Vital statistics of India. Vol. IV, Annual returns from 1871 to 1876. British Army of India, Native Army and jails of Bengal
Year: 1871
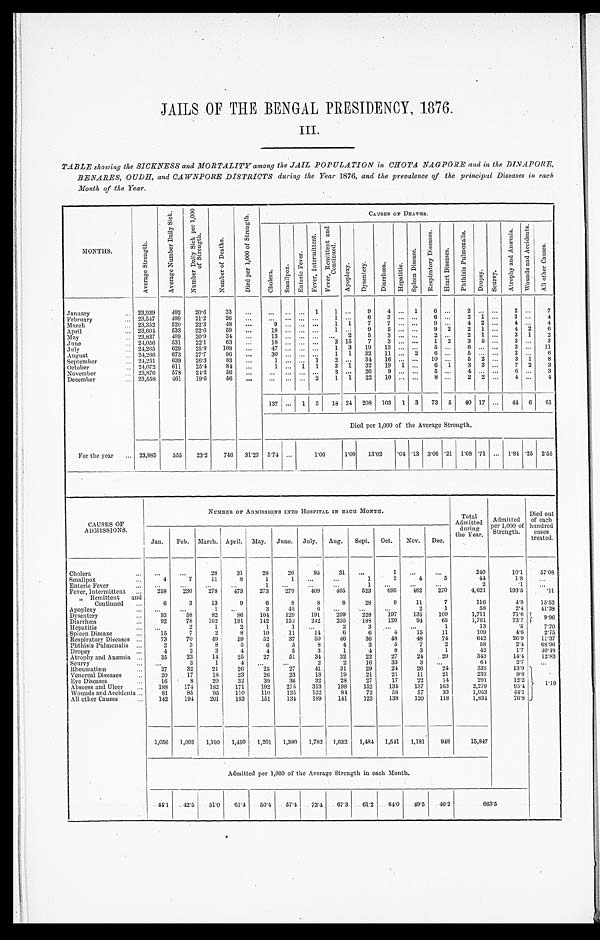
JAILS OF THE BENGAL PRESIDENCY, 1876.
III.
TABLE showing the SICKNESS and MORTALITY among the JAIL POPULATION in CHOTA NAGPORE and in the DINAPORE,
BENARES , OUDH, a n d CAWNP ORE DI S TRI CTS d u r i n g t h e Ye a r 1 8 7 6 , a n d t h e p r e v a l e n c e o f t h e p r i n c i p a l Di s e a s e s i n e a c h
Month of the Year.
MONTHS.
A v e r a g e S t r e n g t h .
A v e r a g e N u m b e r D a i l y S i c k . N u m b e r D a i l y S i c k p e r 1 , 0 0 0 o f S t r e n g t h .
N u m b e r o f D e a t h s .
D i e d p e r 1 , 0 0 0 o f S t r e n g t h .
CAUSES OF DEATHS.
C h o l e r a .
S m a l l p o x .
E n t e r i c F e v e r .
F e v e r , I n t e r m i t t e n t .
F e v e r , R e m i t t e n t a n d C o n t i n u e d .
A p o p l e x y .
D y s e n t e r y . D i a r r h œ a . H e p a t i t i s .
S p l e e n D i s e a s e .
R e s p i r a t o r y D i s e a s e s .
H e a r t D i s e a s e s .
P h t h i s i s P u l m o n a l i s .
D r o p s y . S c u r v y .
A t r o p h y a n d A n æ m i a . W o u n d s a n d A c c i d e n t s .
A l l o t h e r C a u s e s .
January
23,939 492 20.6 33
1 1
9 4
1 6
2
2
7
February
23,547 499 21.2 26
1
6 3
6
2 1
3
4
March
23,352 520 22.3 48
9
1 1 7 7
9
4 2
4
4
April
23,604 533 22.6 59
18
1
9 5
9 2 2 1
4 2 6
May
23,837 499 20.9 34
13
2
5 3
2
2 1
3 1 2
June
24,056 531 22.1 63
18
3 15 7 3
1 2 3 5
3
3
July
24,265 629 25.9 108
47
1 3 19 13
5
6
3
11
August
24,266 673 27.7 96
30
1 1 32 11
2 6
5
2
6
September
24,251 639 26.3 83
1
1 2
34 16
10
5 2
3 1 8
October
24,072 611 25.4 84
1
1 1 3 1 32 19 1
6 1 3 3
7 2 3
November
23,876 578 24.2 56
3
26
9
5
4
6
3
December
23,558 461 19.6
5 6
2 1 1 22 10
8
2 2
4
4
137
1 5 18 24 208 103 1 3 73 5 40 17
44 6 61
Died per 1,000 of the Average Strength.
For the year
23,885 555 23.2 746 31.23 5.74
1 . 0 0
1.00 13.02 .04 .13 3.06 .21 1.68 .71
1.84 .25 2.55
CAUSES OF
ADMISSIONS.
NUMBER OF ADMISSIONS INTO HOSPITAL IN EACH MONTH.
Total
Admitted during
the Year.
Admitted per 1,000 of
Strength.
Died out
of each
hundred cases
treated.
Jan. Feb. March. April. May. June. July. Aug. Sept. Oct. Nov. Dec.
Cholera
28
31
28
26
95
31
1
240
10.1 57.08
Smallpox
4
7
11
8
1
1
1
2
4
5
44
1.8
Enteric Fever
1
1
2
.1
Fever, Intermittent
258 236 278 473 273 279 409 465 523 695 462 270
4,621
193.5
.11
„ Remittent and
Continued
6
3
13
9
6
8
8
8
28
9
11
7
116
4.9 15.52
Apoplexy
1
3
45
6
2
1
58
2.4 41.38
Dysentery
93
58
82
86 104 129 191 299 228 197 135 109
1,711
71.6
8.96
Diarrhœa
92
78 162 191 142 152 242 235 188 120
94 65
1,761
73.7
Hepatitis
2
1
2
1
1
2
3
1
13
.5
7.70
Spleen Disease
15
7
2
8
10
11
14
6
6
4
15
11
109
4 . 6
2.75
Respiratory Diseases
73
70
49
59
52
37
50
46
36
48
48
74
642
26.9 11.37
Phthisis Pulmonalis
2
3
8
5
6
5
8
4
3
5
7
2
58
2.4 68.96
Dropsy
4
2
3
4
4
5
3
1
4
8
3
1
42
1.7 40.48
Atrophy and Anæmia 35
23
14
25
27
51
34
32
22
27
24 29
343
14.4 12.83
Scurvy
3
1
4
2
2
16
33
3
64
2.7
Rheumatism
27
32 21
26
25
27
41
31
29
24 26
24
333
13.9
1.19
Venereal Diseases
20
17
18
23
26
23
13
19
21
21
11
21
233
9.8
Eye Diseases
16
8 20
32
39
36
32
28
27
17
22
14
291
12.2
Abscess and Ulcer
188 174 182 171 192 275 313 198 152 131 137 163
2,279
95.4
Wounds and Accidents
81
85
95 110 110 135 132 84 73
58
57
33
1,053
44.1
All other Causes
142 194 201 183 151 134 189 141 123 138 120 118
1,834
76.8
1,056 1,002 1,190 1,450 1,201 1,380 1,782 1,632 1,484 1,541 1,181 948 15,847
Admitted per 1,000 of the Average Strength in each Month.
44.1 42.5 51.0 61.4 50.4 57.4 73.4 67.3 61.2 64.0 49.5 40.2
6 6 3 . 5